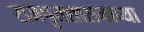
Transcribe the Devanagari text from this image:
राजपुतशासनाच्या